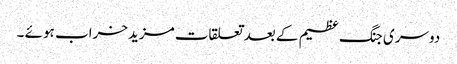
دوسری جنگ عظیم کے بعد تعلقات مزیدخراب ہوئے ۔